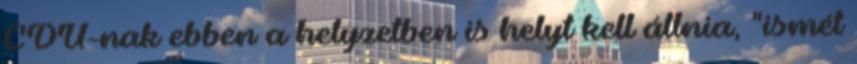
CDU-nak ebben a helyzetben is helyt kell állnia, "ismét